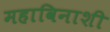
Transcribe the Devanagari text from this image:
महाविनाशी